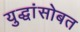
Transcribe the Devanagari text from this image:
युद्धांसोबत